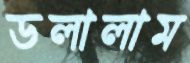
ডলালাম